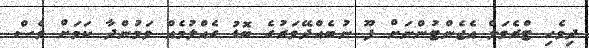
ދިވެހި ޓްރެވަލް އެޖެންޓުންނަށް ފޫ ނުބެއްދޭވަރުގެ ބޮޑު ގެއްލުމެއް ވަމުންދާ ކަމަށް ވެސް